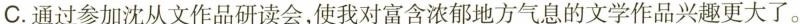
C.通过参加沈从文作品研读会，使我对富含浓郁地方气息的文学作品兴趣更大了。